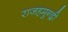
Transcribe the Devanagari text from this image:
राजहमुन्द्री